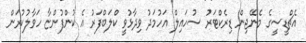
އެޗްޑީސީގެ މެނޭޖިން ޑިރެކްޓަރު ސުހައިލް އަހުމަދު ވިދާޅުވީ ކްލަބްފަރު އެ ކުންފުންޏާ ހަވާލުކުރަން